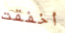
أخفقت